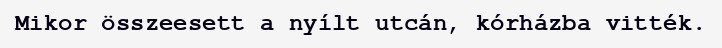
Mikor összeesett a nyílt utcán, kórházba vitték.